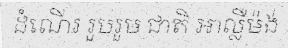
ដំណើរ រួបរួម ជាតិ អាល្លឺម៉ង់